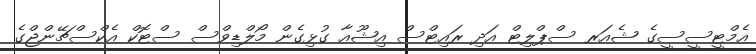
އެމްޓީސީސީގެ ޝެއަރ ސްޕްލިޓް އަދި ރައިޓްސް އިޝޫއާ ގުޅިގެން މޯލްޑިވްސް ސްޓޮކް އެކްސްޗޭންޖްގެ